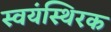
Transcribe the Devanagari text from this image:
स्वयंस्थिरक